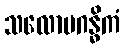
သလောမဂန္ဓိကံ